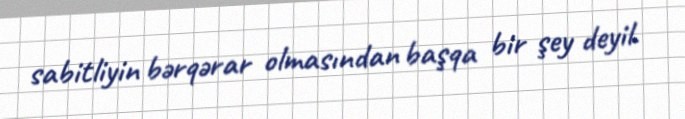
sabitliyin bərqərar olmasından başqa bir şey deyil.